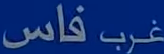
فاس غرب